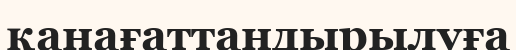
қанағаттандырылуға